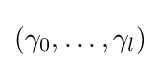
(\gamma _{0},\ldots ,\gamma _{l})